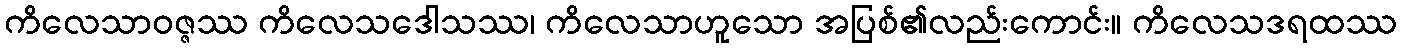
ကိလေသာဝဇ္ဇဿ ကိလေသဒေါသဿ၊ ကိလေသာဟူသော အပြစ်၏လည်းကောင်း။ ကိလေသဒရထဿ